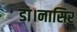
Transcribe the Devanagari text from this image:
डा।नासिर